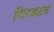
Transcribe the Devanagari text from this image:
गिल्डनस्टर्न